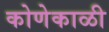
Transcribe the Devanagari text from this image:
कोणेकाळी